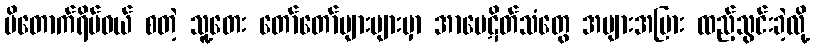
ပိတောက်ရိပ်ဝယ် စတဲ့ သူ့တေး တော်တော်များများမှာ အာမေဋိတ်သံတွေ အများအပြား ထည့်သွင်းခဲ့လို့